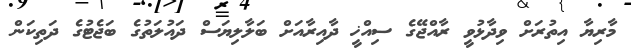
މާރިޔާ އިތުރަށް ވިދާޅުވީ ރާއްޖޭގެ ސިއްޚީ ދާއިރާއަށް ބަލާލިޔަސް ދައުލަތުގެ ބަޖެޓުގެ ދަތިކަން